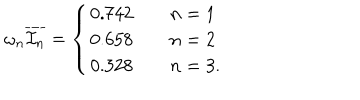
\omega _ { n } \overline { { { { \cal I } _ { n } } } } = \left\{ \begin{array} { l c } { { 0 . 7 4 2 \qquad n = 1 } } \\ { { 0 . 6 5 8 \qquad n = 2 } } \\ { { 0 . 3 2 8 \qquad n = 3 . } } \\ \end{array} \right.